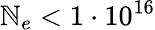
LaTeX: \mathbb{N}_{e}<1\cdot10^{16}